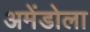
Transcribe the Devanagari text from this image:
अमेंडोला